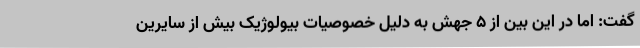
گفت: اما در این بین از ۵ جهش به دلیل خصوصیات بیولوژیک بیش از سایرین